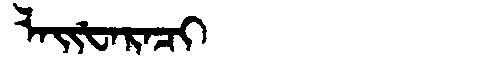
Manchu: ᠯᠠᡳᡶᠠᡵᠠᠴᡳ
Romanization: LAIFARACI